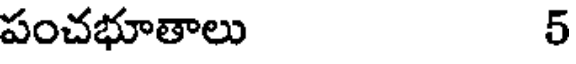
పంచభూతాలు 5